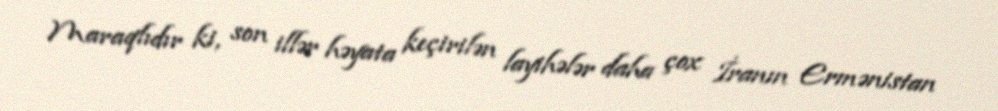
Maraqlıdır ki, son illər həyata keçirilən layihələr daha çox İranın Ermənistan